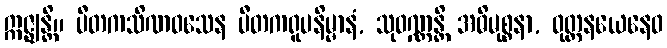
ဣဇ္ဈန္တိ။ ပီတကသိဏဝသေန ပီတကရူပနိမ္မာနံ, သုဝဏ္ဏန္တိ အဓိမုစ္စနာ, ဝုတ္တနယေနေဝ